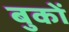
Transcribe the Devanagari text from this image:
बुकों